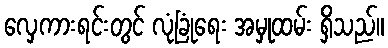
လှေကားရင်းတွင် လုံခြုံရေး အမှုထမ်း ရှိသည်။